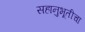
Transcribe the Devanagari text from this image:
सहानुभूतीचा